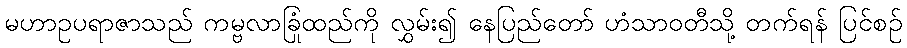
မဟာဥပရာဇာသည် ကမ္ဗလာခြုံထည်ကို လွှမ်း၍ နေပြည်တော် ဟံသာဝတီသို့ တက်ရန် ပြင်စဉ်